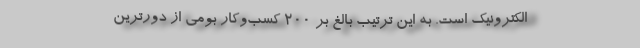
الکترونیک است. به‌ این ترتیب بالغ بر ۲۰۰ کسب‌وکار بومی از دورترین